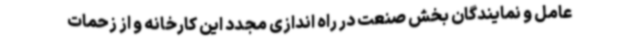
عامل و نمایندگان بخش صنعت در راه اندازی مجدد این کارخانه و از زحمات